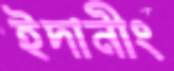
ইদানীং